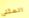
المثلى